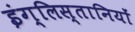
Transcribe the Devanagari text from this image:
इंग्लिस्तानियों